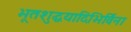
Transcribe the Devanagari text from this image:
भूतशुद्धयादिभिर्विना